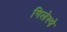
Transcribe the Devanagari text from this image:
गिलेस्पे